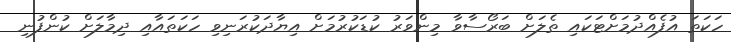
ހަކަތަ އުފެއްދުމަށްޓަކައި ތެލަށް ބަރޯސާވާ މިންވަރު ކުޑަކުރުމަށް އިޔާދަކުރަނިވި ހަކަތައާއި ދިމާލަށް ކުންފުނި